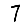
Digit: 7